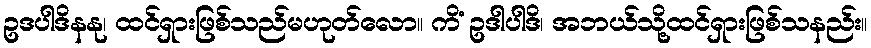
ဥဒပါဒိနနု၊ ထင်ရှားဖြစ်သည်မဟုတ်လော။ ကိံ ဥဒါပါဒိ၊ အဘယ်သို့ထင်ရှားဖြစ်သနည်း။